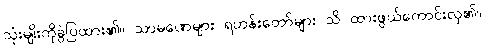
သုံးမျိုးကိုခွဲပြထား၏။ သာမဏေများ ရဟန်းတော်များ သိ ထားဖွယ်ကောင်းလှ၏။